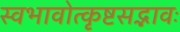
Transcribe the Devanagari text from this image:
स्वभावोत्कृष्टसद्भावः